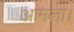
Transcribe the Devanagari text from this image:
आमला।